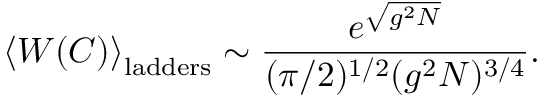
\left< W ( C ) \right> _ { \mathrm { l a d d e r s } } \sim \frac { e ^ { \sqrt { g ^ { 2 } N } } } { ( \pi / 2 ) ^ { 1 / 2 } ( g ^ { 2 } N ) ^ { 3 / 4 } } .